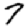
Digit: 7